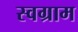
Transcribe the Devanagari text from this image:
स्वग्राम